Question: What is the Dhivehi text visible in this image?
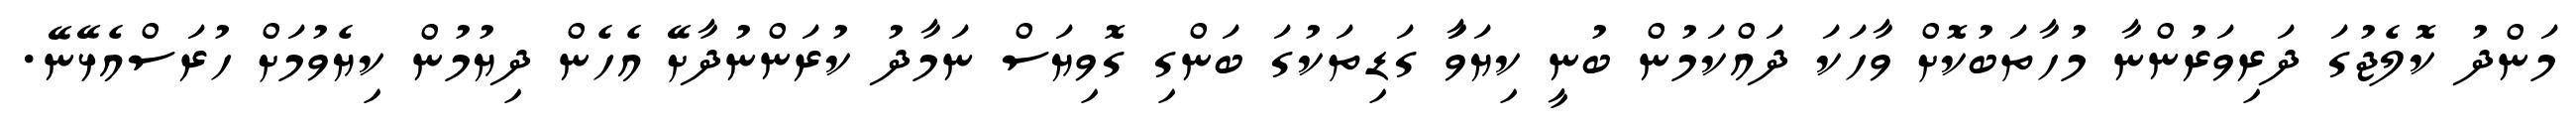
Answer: މަންދު ކޮލެޖުގަ ދަރިވަރުންނާ މުހާތަބުކޮށް ވާހަކަ ދައްކަމުން ބުނީ ކިޔަވަާ ގަޑިތަކުގަ ބަންގި ގޮވިޔަސް ނަމާދު ކުރަންނުދާށޭ އެހެން ދިޔުމުން ކިޔެވުމަށް ހުރަސްއެޅޭނޭ.